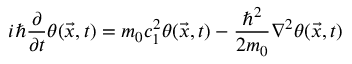
i \hbar \frac { \partial } { \partial t } \theta ( \vec { x } , t ) = m _ { 0 } c _ { 1 } ^ { 2 } \theta ( \vec { x } , t ) - \frac { \hbar ^ { 2 } } { 2 m _ { 0 } } \nabla ^ { 2 } \theta ( \vec { x } , t )